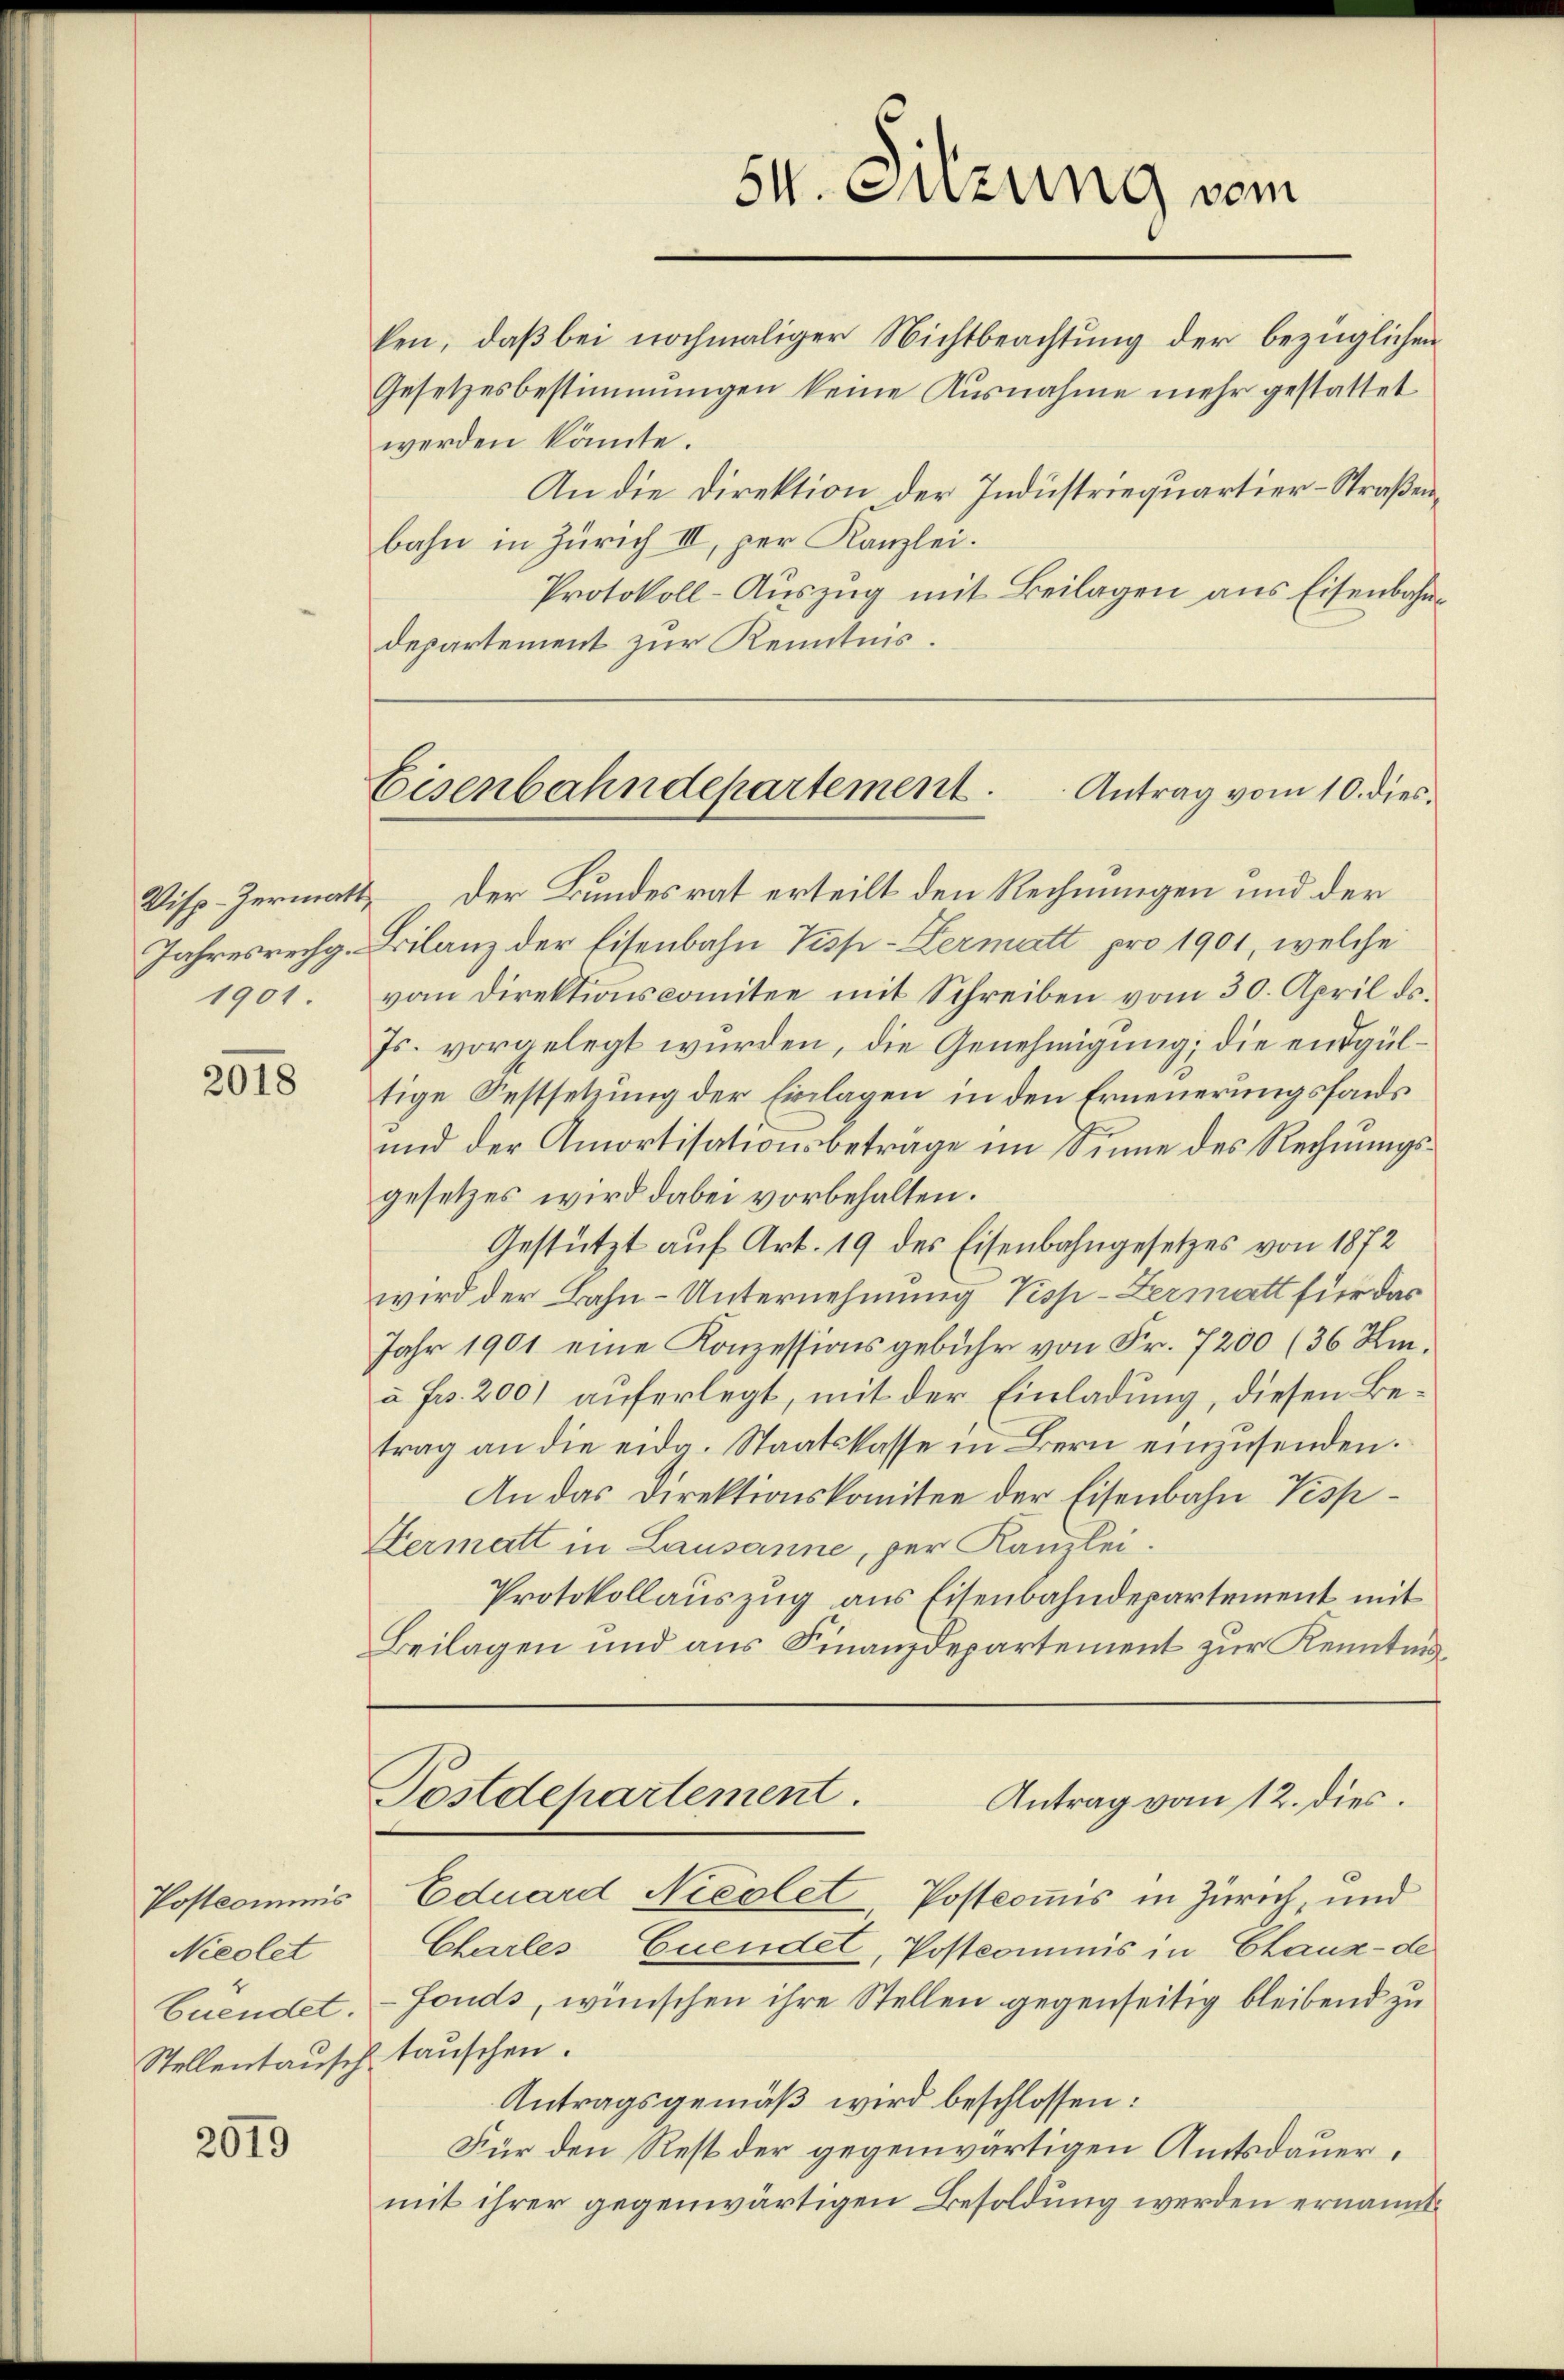
Jahresrechg.
1901.

2018

Postkommnis
Nieolet
buendet.
Stellentausch tauschen.

2019

S. Suzung vom

Eisenbahndepartement ..  ..  Antrag vom 10. dies¬

ken, daβ bei nochmaliger Nichtbeachtung der bezüglichen
Gesetzesbestimmungen keine Ausnahme mehr gestattet
werden könnte.
An die Direktion der Industriequartier-Straßenbahn in Zürich III, per Kanzlei.
Protokoll-Auszug mit Beilagen aus Eisenbahndepartement zur Kenntnis.
Visp-Zermatt der Bundesrat erteilt den Rechnungen und der
Bilanz der Eisenbahn Pisp-Kermatt pro 1901, welche
vom Direktionscomitee mit Schreiben vom 30. April ds.
Js. vorgelegt wurden, die Genehmigung; die endgültige Festsetzung der Einlagen in den Erneuerungsfonds
und der Amortisationsbeträge im Sinne des Rechnungsgesetzes wird dabei vorbehalten.
Gestützt auf Art. 19 des Eisenbahngesetzes von 1872
wird der Bahn-Unternehmung Pisp-Zermatt für das
Jahr 1901 eine Konzessionsgebühr von Fr. 7200 (36 Imà Fr. 200) auferlegt, mit der Einladung, diesen Betrag an die eidg. Staatskasse in Bern einzusenden.
An das Direktionskomitee der Eisenbahn Visp¬
Hermatt in Lausanne, per Kanzlei.
Protokollauszug aus Eisenbahndepartement mit
Beilagen und aus Finanzdepartement zur Kenntnis¬
Postdepartement.
Antrag vom 12. dies.
Eduard Nicolet, Postcommis in Zürich, und
Churles Euendel, Postcommis in Chaux-de
Fonds, wünschen ihre Stellen gegenseitig bleibend zu
Antragsgemäß wird beschlossen:
Für den Rest der gegenwärtigen Amtsdauermit ihrer gegenwärtigen Besoldung werden ernannt.